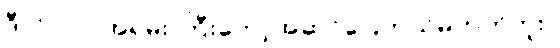
ဒီလိုပါပဲ။ အရမ်း ကြီးတော့အဆင်ပြေတယ်မဟုတ်ဘူး။